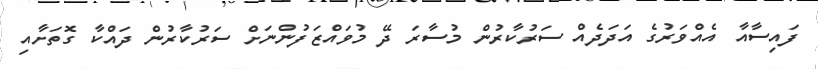
ފައިސާއާ އެއްވަރުގެ އަދަދެއް ސަރުކާރުން މުސާރަ ދޭ މުވައްޒަފުންނަށް ސަރުކާރުން ދައްކާ ގޮތަށާއި